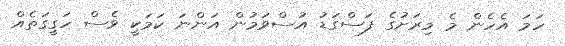
ހަމަ އެހެން މެ މިރަށުގެ ފަސްގަޑު އުސްވަމުން އަންނަ ކަމަކީ ވެސް ހަގީގަތެއް